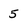
Character: 5